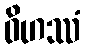
ဝိဟဿံ